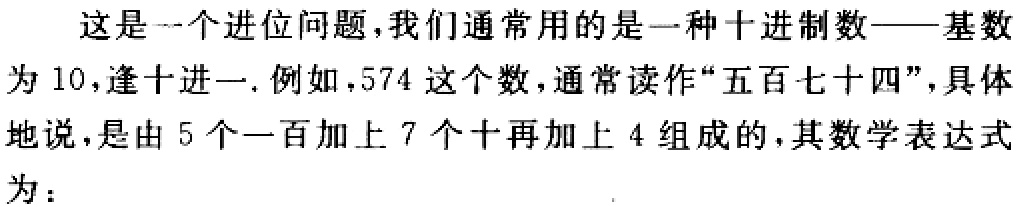
这是一个进位问题，我们通常用的是一种十进制数——基数为 10，逢十进一. 例如，574 这个数，通常读作“五百七十四”，具体地说，是由 5 个一百加上 7 个十再加上 4 组成的，其数学表达式为：